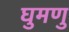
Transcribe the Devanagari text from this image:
घुमणु